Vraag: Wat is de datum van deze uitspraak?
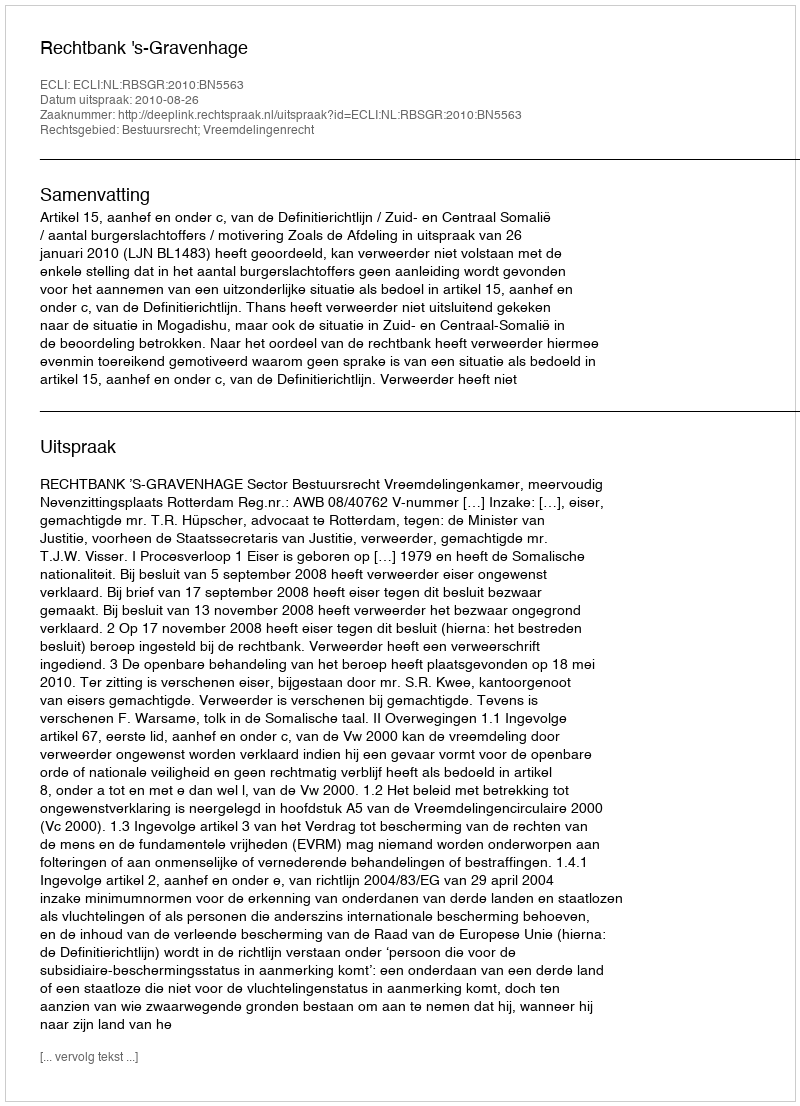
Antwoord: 2010-08-26